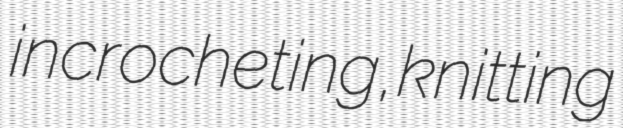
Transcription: in crocheting, knitting